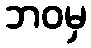
ဘဝမှ